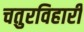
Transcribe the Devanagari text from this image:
चतुरविहारी